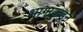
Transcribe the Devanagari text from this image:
भागांकडून